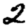
Digit: 2